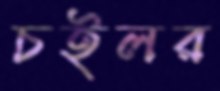
চইলর